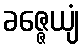
ခဇ္ဇေယျံ